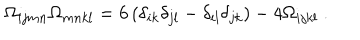
\Omega _ { i j m n } \Omega _ { m n k l } = 6 \left( \delta _ { i k } \delta _ { j l } - \delta _ { i l } \delta _ { j k } \right) - 4 \Omega _ { i j k l } ~ .